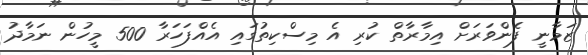
ޒަމާނީ ފެންވަރަށް އިމާރާތް ކުރި އެ މިސްކިތުގައި އެއްފަހަރާ 500 މީހުން ނަމާދު